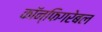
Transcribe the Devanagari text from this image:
कॉन्फिगरेबल